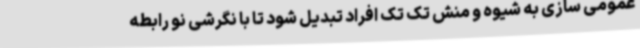
عمومی سازی به شیوه و منش تک تک افراد تبدیل شود تا با نگرشی نو رابطه